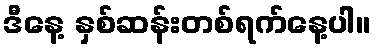
ဒီနေ့ နှစ်ဆန်းတစ်ရက်နေ့ပါ။